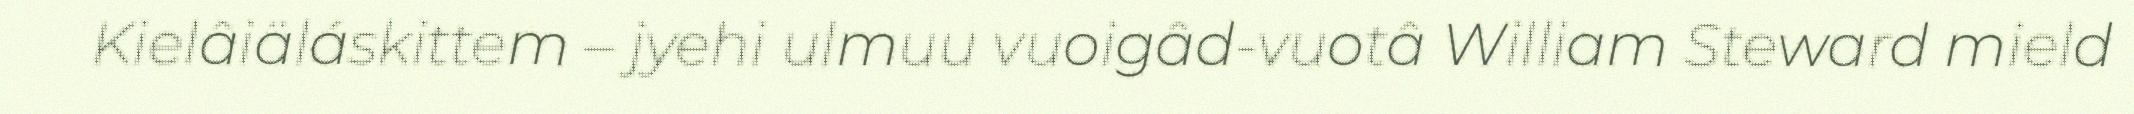
Kielâiäláskittem – jyehi ulmuu vuoigâd-vuotâ William Steward mield